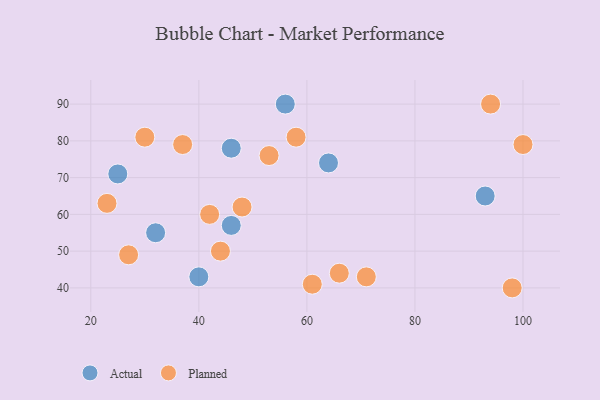
{"axis": {"x": "GDP", "y": "Life Expectancy"}, "legend": ["Actual", "Planned"], "data": [{"x": "93", "y": 65, "type": "Actual"}, {"x": "64", "y": 74, "type": "Actual"}, {"x": "25", "y": 71, "type": "Actual"}, {"x": "46", "y": 57, "type": "Actual"}, {"x": "32", "y": 55, "type": "Actual"}, {"x": "56", "y": 90, "type": "Actual"}, {"x": "46", "y": 78, "type": "Actual"}, {"x": "40", "y": 43, "type": "Actual"}, {"x": "98", "y": 40, "type": "Planned"}, {"x": "30", "y": 81, "type": "Planned"}, {"x": "71", "y": 43, "type": "Planned"}, {"x": "37", "y": 79, "type": "Planned"}, {"x": "66", "y": 44, "type": "Planned"}, {"x": "48", "y": 62, "type": "Planned"}, {"x": "58", "y": 81, "type": "Planned"}, {"x": "53", "y": 76, "type": "Planned"}, {"x": "94", "y": 90, "type": "Planned"}, {"x": "27", "y": 49, "type": "Planned"}, {"x": "100", "y": 79, "type": "Planned"}, {"x": "44", "y": 50, "type": "Planned"}, {"x": "23", "y": 63, "type": "Planned"}, {"x": "61", "y": 41, "type": "Planned"}, {"x": "42", "y": 60, "type": "Planned"}]}